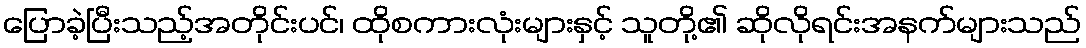
ပြောခဲ့ပြီးသည့်အတိုင်းပင်၊ ထိုစကားလုံးများနှင့် သူတို့၏ ဆိုလိုရင်းအနက်များသည်